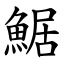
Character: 䱟